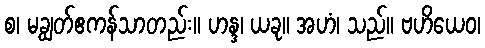
စ၊ မချွတ်ဧကန်သာတည်း။ ဟန္ဒ၊ ယခု။ အဟံ၊ သည်။ ဗဟိယေဝ၊